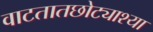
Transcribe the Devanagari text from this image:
वाटतातछोट्याश्या